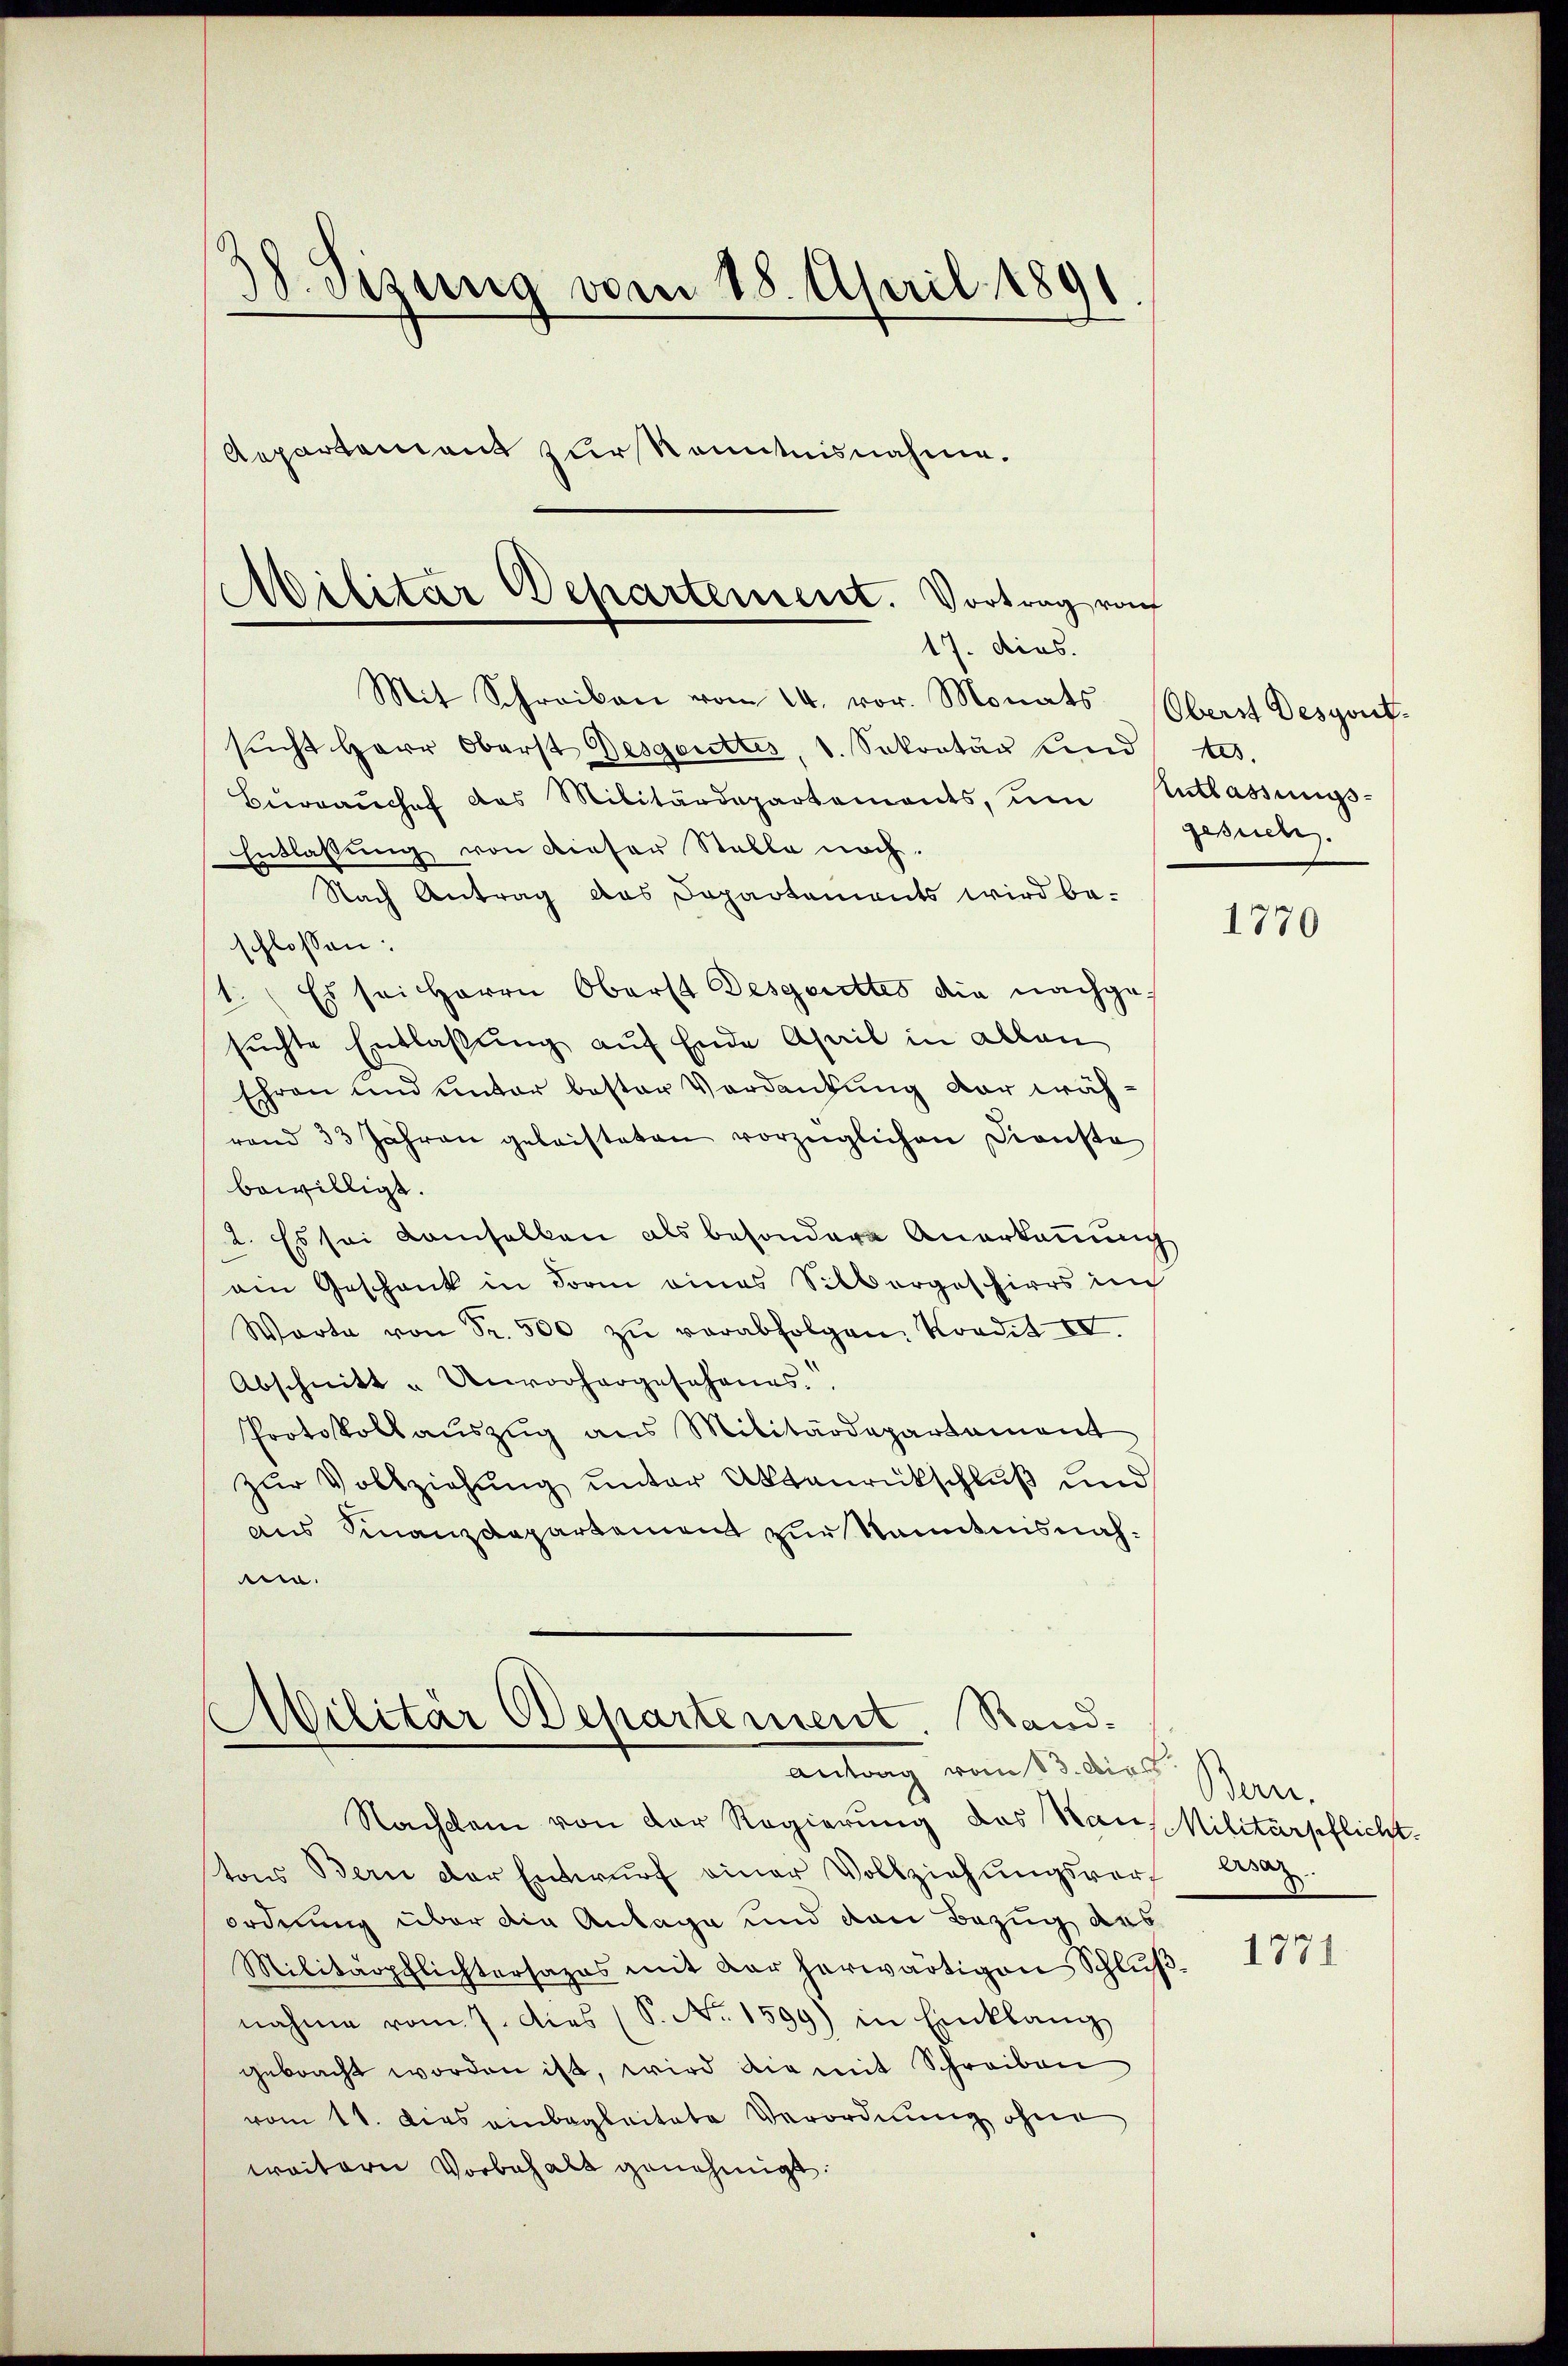
38. Sizung vom 18. April 1891
Aepartement zur Kenntnisnahme.

d
clitar Departement. Vortrag von
17. dies.

Mit Schreiben vom 14. vor. Monats Oberst Desgont.
sucht Herr Oberst Desgottes, 1. Sekretär und tes
Bŭrgaŭchef das Militärdepartements, ŭm Entlassungs-
Entlassung von dieser Stelle noch.
Nach Antrag das Departements wird be-
schlossen:
1. Es sei Herrn Oberst Desgerettes die nachgesuchte Entlaßung auf Ende April in allen
Ehren und unter bester Verdankung der während 33 Jahren geleisteten vorzüglichen Dienste
bewilligt.
2. Es sei damselben als besondere Anerkeṅŭng
ain Geschank in Form eines Silbergeschirrs in
Warte von Fr. 500 zŭ verabfolgen. Kondit IV.
Abschnitt " Unvorhergesehenes.
Protokoll aŭszŭg ans Militärdepartament
zur Vollziehung unter Aktenrückschluß und
aus Finanzdepartement zur Kenntnisnahm.

Militar Departement. Rand-
Antrag vom 13. dies

Nachdem von der Regierung des Rau, Militärpflicht.
tor Bern der Entwŭrf einer Vollziehŭngsverf Ersat
ordnung über die Anlage und von Bezug des
Militärpflichtersages mit dar herwärtigen Schlŭβ
nahme vom 7. dies (S. No. 1599) in Einklang
gebracht worden ist, wird die mit Schreiben
vom 11. ders einbegleitete Verordnung ohne
waitern Vorbehalt genehmigt.

gesuch.

1770

Bern.

1771.